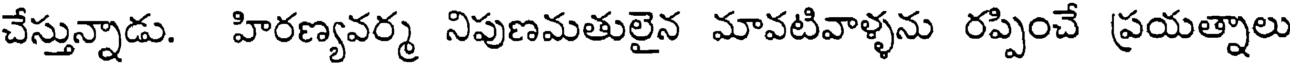
చేస్తున్నాడు. హిరణ్యవర్మ నిపుణమతులైన మావటివాళ్ళను రప్పించే ప్రయత్నాలు